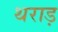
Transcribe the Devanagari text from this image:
थराड़